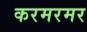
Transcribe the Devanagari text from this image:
करमरमर